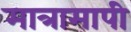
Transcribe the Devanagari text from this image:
मात्रामापी